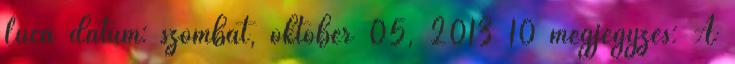
Luca dátum: szombat, október 05, 2013 10 megjegyzés: A